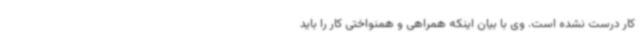
کار درست نشده است. وی با بیان اینکه همراهی و همنواختی کار را باید